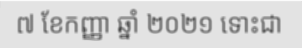
៧ ខែកញ្ញា ឆ្នាំ ២០២១ ទោះជា